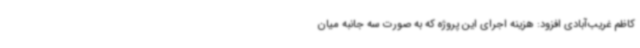
کاظم غریب‌آبادی افزود: هزینه اجرای این پروژه که به صورت سه جانبه میان